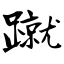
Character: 蹴